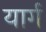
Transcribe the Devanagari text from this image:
यार्ग